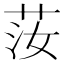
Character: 𦭰